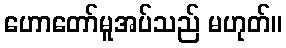
ဟောတော်မူအပ်သည် မဟုတ်။